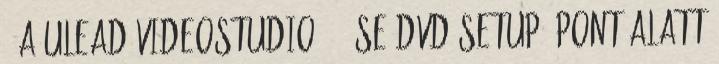
3 A"Ulead VideoStudio 7.0 SE DVD Setup" pont alatt